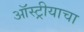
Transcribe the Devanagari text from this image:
ऑस्ट्रीयाचा